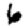
Digit: 6